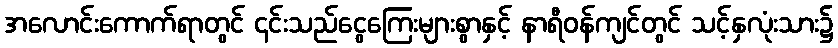
အလောင်းကောက်ရာတွင် ၎င်းသည်ငွေကြေးများစွာနှင့် နာရီဝန်ကျင်တွင် သင့်နှလုံးသား၌